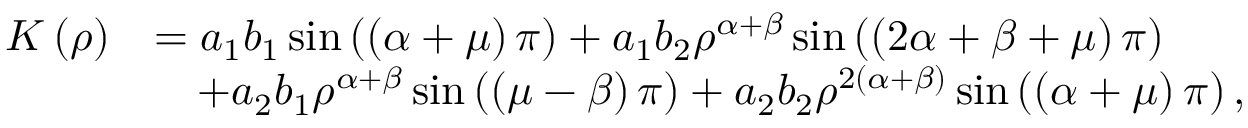
\begin{array} { r l } { K \left( \rho \right) } & { = a _ { 1 } b _ { 1 } \sin \left( \left( \alpha + \mu \right) \pi \right) + a _ { 1 } b _ { 2 } \rho ^ { \alpha + \beta } \sin \left( \left( 2 \alpha + \beta + \mu \right) \pi \right) } \\ & { \quad + a _ { 2 } b _ { 1 } \rho ^ { \alpha + \beta } \sin \left( \left( \mu - \beta \right) \pi \right) + a _ { 2 } b _ { 2 } \rho ^ { 2 \left( \alpha + \beta \right) } \sin \left( \left( \alpha + \mu \right) \pi \right) , } \end{array}